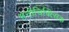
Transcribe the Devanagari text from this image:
मनोचिक्त्सिक